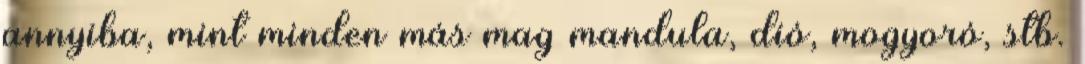
annyiba, mint minden más mag mandula, dió, mogyoró, stb.